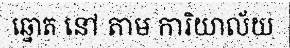
ឆ្នោត នៅ តាម ការិយាល័យ